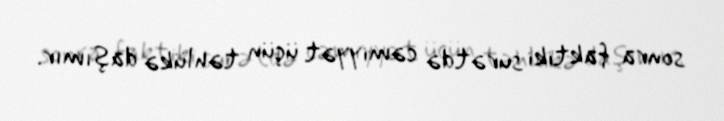
sonra faktiki surətdə cəmiyyət üçün təhlükə daşımır.